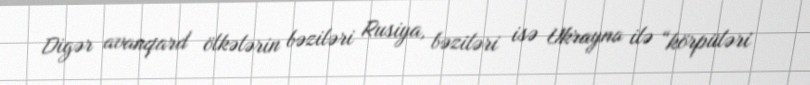
Digər avanqard ölkələrin bəziləri Rusiya, bəziləri isə Ukrayna ilə “körpüləri